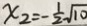
x _ { 2 } = - \frac { 1 } { 2 } \sqrt { 1 0 }